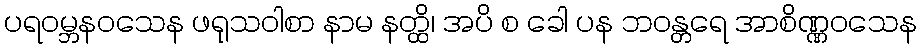
ပရဝမ္ဘနဝသေန ဖရုသဝါစာ နာမ နတ္ထိ၊ အပိ စ ခေါ ပန ဘဝန္တရေ အာစိဏ္ဏဝသေန